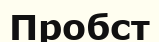
Пробст